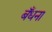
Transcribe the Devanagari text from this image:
बँधना